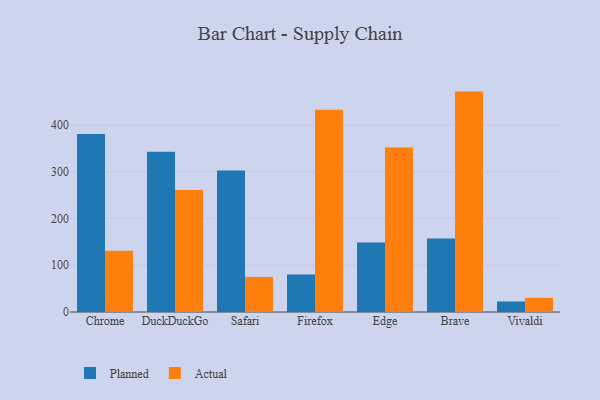
{"axis": {"x": "Browser", "y": "Population (Million)"}, "legend": ["Actual", "Planned"], "data": [{"x": "Chrome", "y": 380.4, "type": "Planned"}, {"x": "Chrome", "y": 130.9, "type": "Actual"}, {"x": "DuckDuckGo", "y": 342.6, "type": "Planned"}, {"x": "DuckDuckGo", "y": 260.6, "type": "Actual"}, {"x": "Safari", "y": 302.7, "type": "Planned"}, {"x": "Safari", "y": 75.0, "type": "Actual"}, {"x": "Firefox", "y": 80.2, "type": "Planned"}, {"x": "Firefox", "y": 432.5, "type": "Actual"}, {"x": "Edge", "y": 148.4, "type": "Planned"}, {"x": "Edge", "y": 351.6, "type": "Actual"}, {"x": "Brave", "y": 157.1, "type": "Planned"}, {"x": "Brave", "y": 471.1, "type": "Actual"}, {"x": "Vivaldi", "y": 22.5, "type": "Planned"}, {"x": "Vivaldi", "y": 30.2, "type": "Actual"}]}